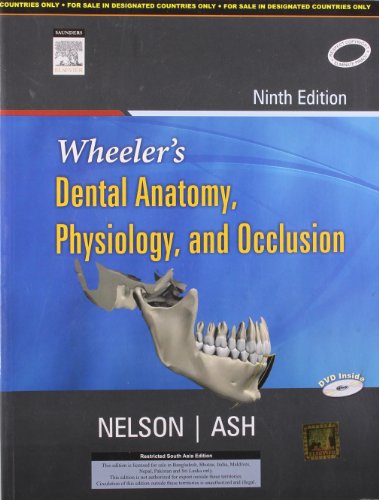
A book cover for Wheeler's Dental Anatomy, Physiology and Occlusion 9th Ninth Edition; Ash; Medical Books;